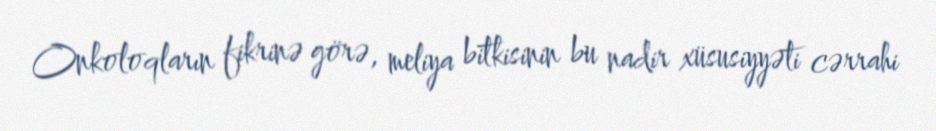
Onkoloqların fikrinə görə, meliya bitkisinin bu nadir xüsusiyyəti cərrahi